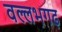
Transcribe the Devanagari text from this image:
वल्लभगढ़